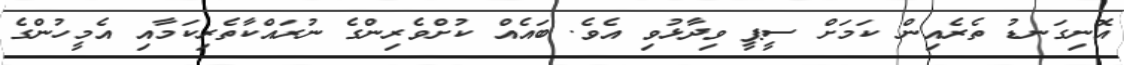
އޮނިގަނޑު ތެރެއިން ކަމަށް ސީޕީ ވިދާޅުވި އެވެ. ބައެއް ކުށްވެރިންގެ ނުރައްކާތެރިކަމާއި އެމީހުންގެ